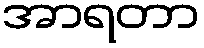
အာရတာ